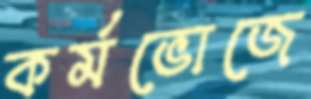
কর্মভোজে